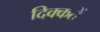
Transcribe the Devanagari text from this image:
दिक्‍कतें